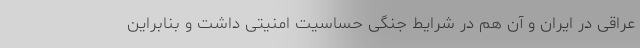
عراقی در ایران و آن هم در شرایط جنگی حساسیت امنیتی داشت و بنابراین